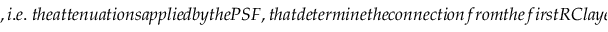
, i . e . \ t h e a t t e n u a t i o n s a p p l i e d b y t h e P S F , t h a t d e t e r m i n e t h e c o n n e c t i o n f r o m t h e f i r s t R C l a y e r t o t h e s e c o n d o n e . I n t h e f i r s t , s i m p l e s t , a p p r o a c h , w e a p p l y t h e s a m e a t t e n u a t i o n t o a l l c o m b l i n e s , c o r r e s p o n d i n g t o